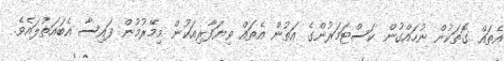
އެތައް ގޮތަކުން ނުހައްގުން ކަސްޓަމަރުންގެ އަތުން އެތައް ވިޔަފާރިއަކުން މިމޭރުމުން ފައިސާ އެބައަތުލައެވެ.